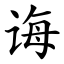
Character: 诲